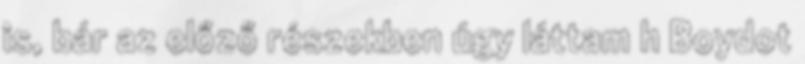
is, bár az előző részekben úgy láttam h Boydot